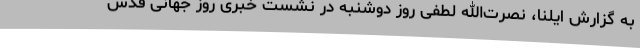
به گزارش ایلنا، نصرت‌الله لطفی روز دوشنبه در نشست خبری روز جهانی قدس